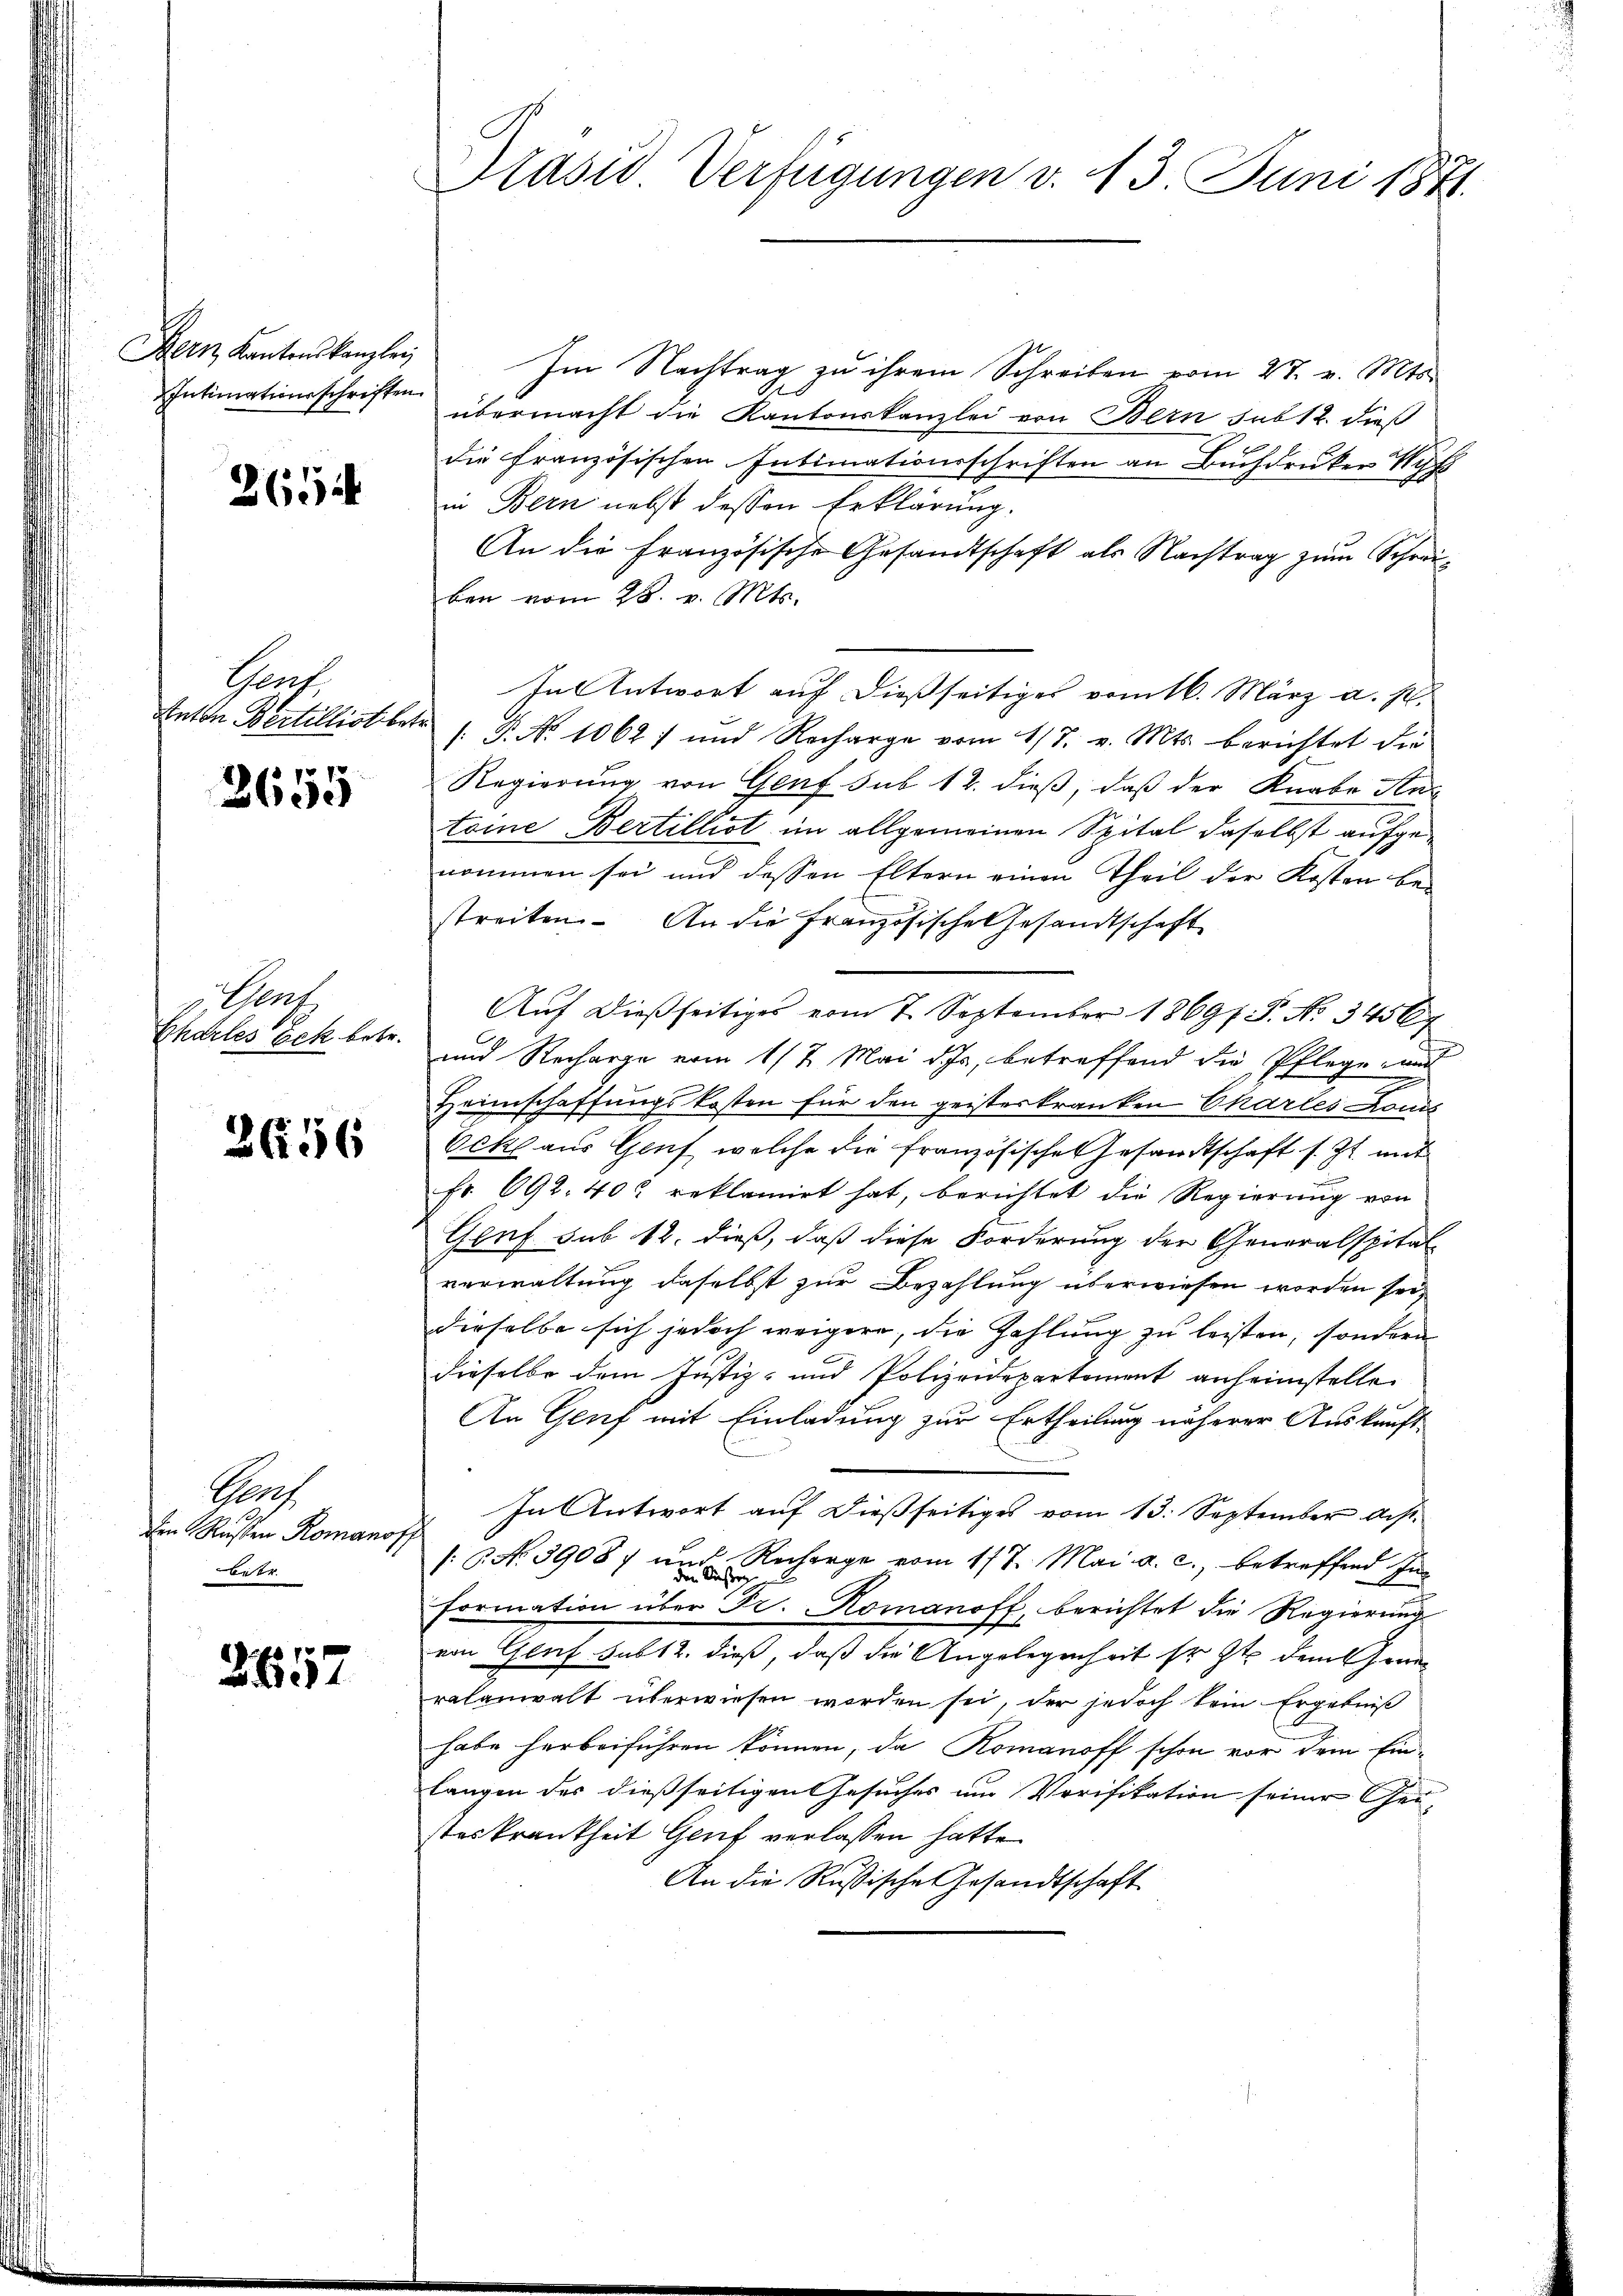
Bern Kantonskanzlei
Intimationsschriften.

265

Chef.

2655

Phars
Chartes Zek betr.

2656

Pers
den Rusten Romano,
etr.

2657

Präsid. Verfügungen v. 13. Juni 1871.

h

Im Nachtrag zu ihrem Schreiben vom 27. v. Mts.
übermacht die Kantonskanzlei von Bern sub 12. dieß
die französischen Intimationsschriften an Buchdruker Wys
in Bern nebst dessen Erklärung.
An die Französische Gesandtschaft als Nachtrag zum Schreiben vom 28. v. Mts.
In Antwort auf dießseitiges vom 16. März a. p.
Anton Bertillist betr. P. No 1062) und Recharge vom 17. v. Mts. berichtet die
Regierung von Genf sub 12. dieß, daß der Knabe Anz
toine Bertillist im allgemeinen Spital daselbst aufgenommen sei und dessen Eltern einen Theil der Kosten be-
streiten. An die Französische Gesandtschaft
Aŭf dießseitiges vom 7. September 18697. P. No. 3456
und Recharge vom 17. Mai des, betreffend die Pflege an
Heimschaffungskosten für den geisterkranken Chartes Louis
Vckl aus Genf, welche die französische Gesandtschaft s. Zt. mit
fr. 692. 402 reklamirt hat, berichtet die Regierung von
Graf sub 12. dieß, daß diese Forderung der Generalspital
verwaltung daselbst zur Bezahlung überwiesen worden sei
dieselbe sich jedoch weigere, die Zahlung zu leisten, sondern
dieselbe dem Justiz- und Polizeidepartement anheimstelle
An Genf mit Einladung zur Ertheilung näherer Auskunft
In Antwort auf dießseitiges vom 13. September aus¬
/6. No. 39087 und Recharge vom 177. Mai a. c., betreffend In
formation über Fr. Komanoff, berichtet die Regierung
von Genf sub 12. dieß, daß die Angelegenheit sr. Zt. dem Generalanwalt überwiesen worden sei, der jedoch kein Ergebniß
habe herbeiführen können, da Romanoff schon vor dem Ein-
langen der dießseitigen Gesuches um Verifikation seiner Gestes krankheit Genf verlassen hatte.
An die Russische Gesandtschaft